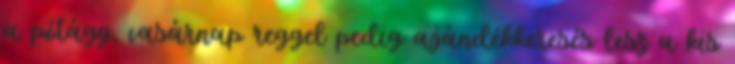
a pótágy, vasárnap reggel pedig ajándékkeresés lesz a kis